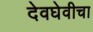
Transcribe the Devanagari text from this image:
देवघेवीचा